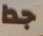
جدا